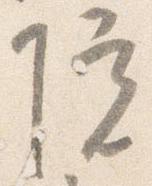
院